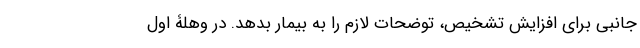
جانبی برای افزایش تشخیص، توضحات لازم را به بیمار بدهد. در وهلۀ اول